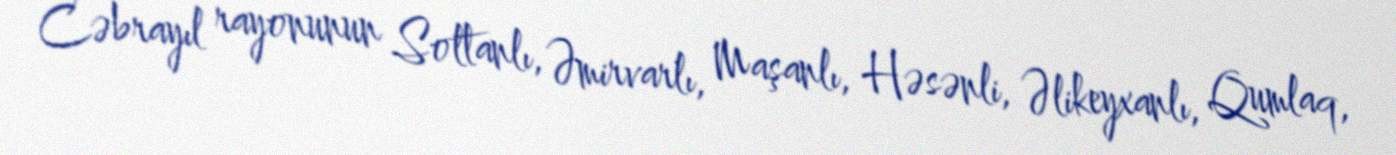
Cəbrayıl rayonunun Soltanlı, Əmirvarlı, Maşanlı, Həsənli, Əlikeyxanlı, Qumlaq,